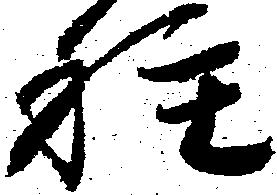
種